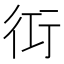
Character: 𮕢